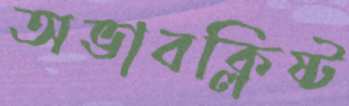
অভাবক্লিষ্ট